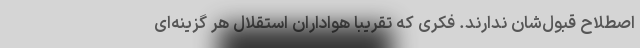
اصطلاح قبول‌شان ندارند. فکری که تقریبا هواداران استقلال هر گزینه‌ای